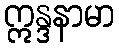
ဣန္ဒနာမာ